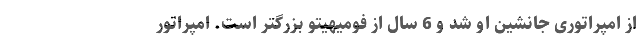
از امپراتوری جانشین او شد و 6 سال از فومیهیتو بزرگتر است. امپراتور